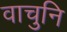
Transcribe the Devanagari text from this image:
वाचुनि